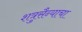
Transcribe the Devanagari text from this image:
शत्रुसैन्याचा